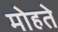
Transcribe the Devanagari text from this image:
मोहते